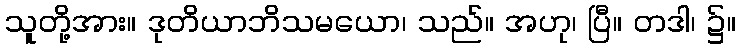
သူတို့အား။ ဒုတိယာဘိသမယော၊ သည်။ အဟု၊ ပြီ။ တဒါ၊ ၌။